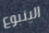
الينبوع